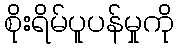
စိုးရိမ်ပူပန်မှုကို